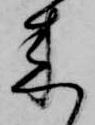
来